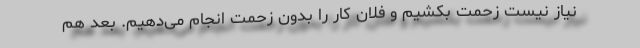
نیاز نیست زحمت بکشیم و فلان کار را بدون زحمت انجام می‌دهیم. بعد هم